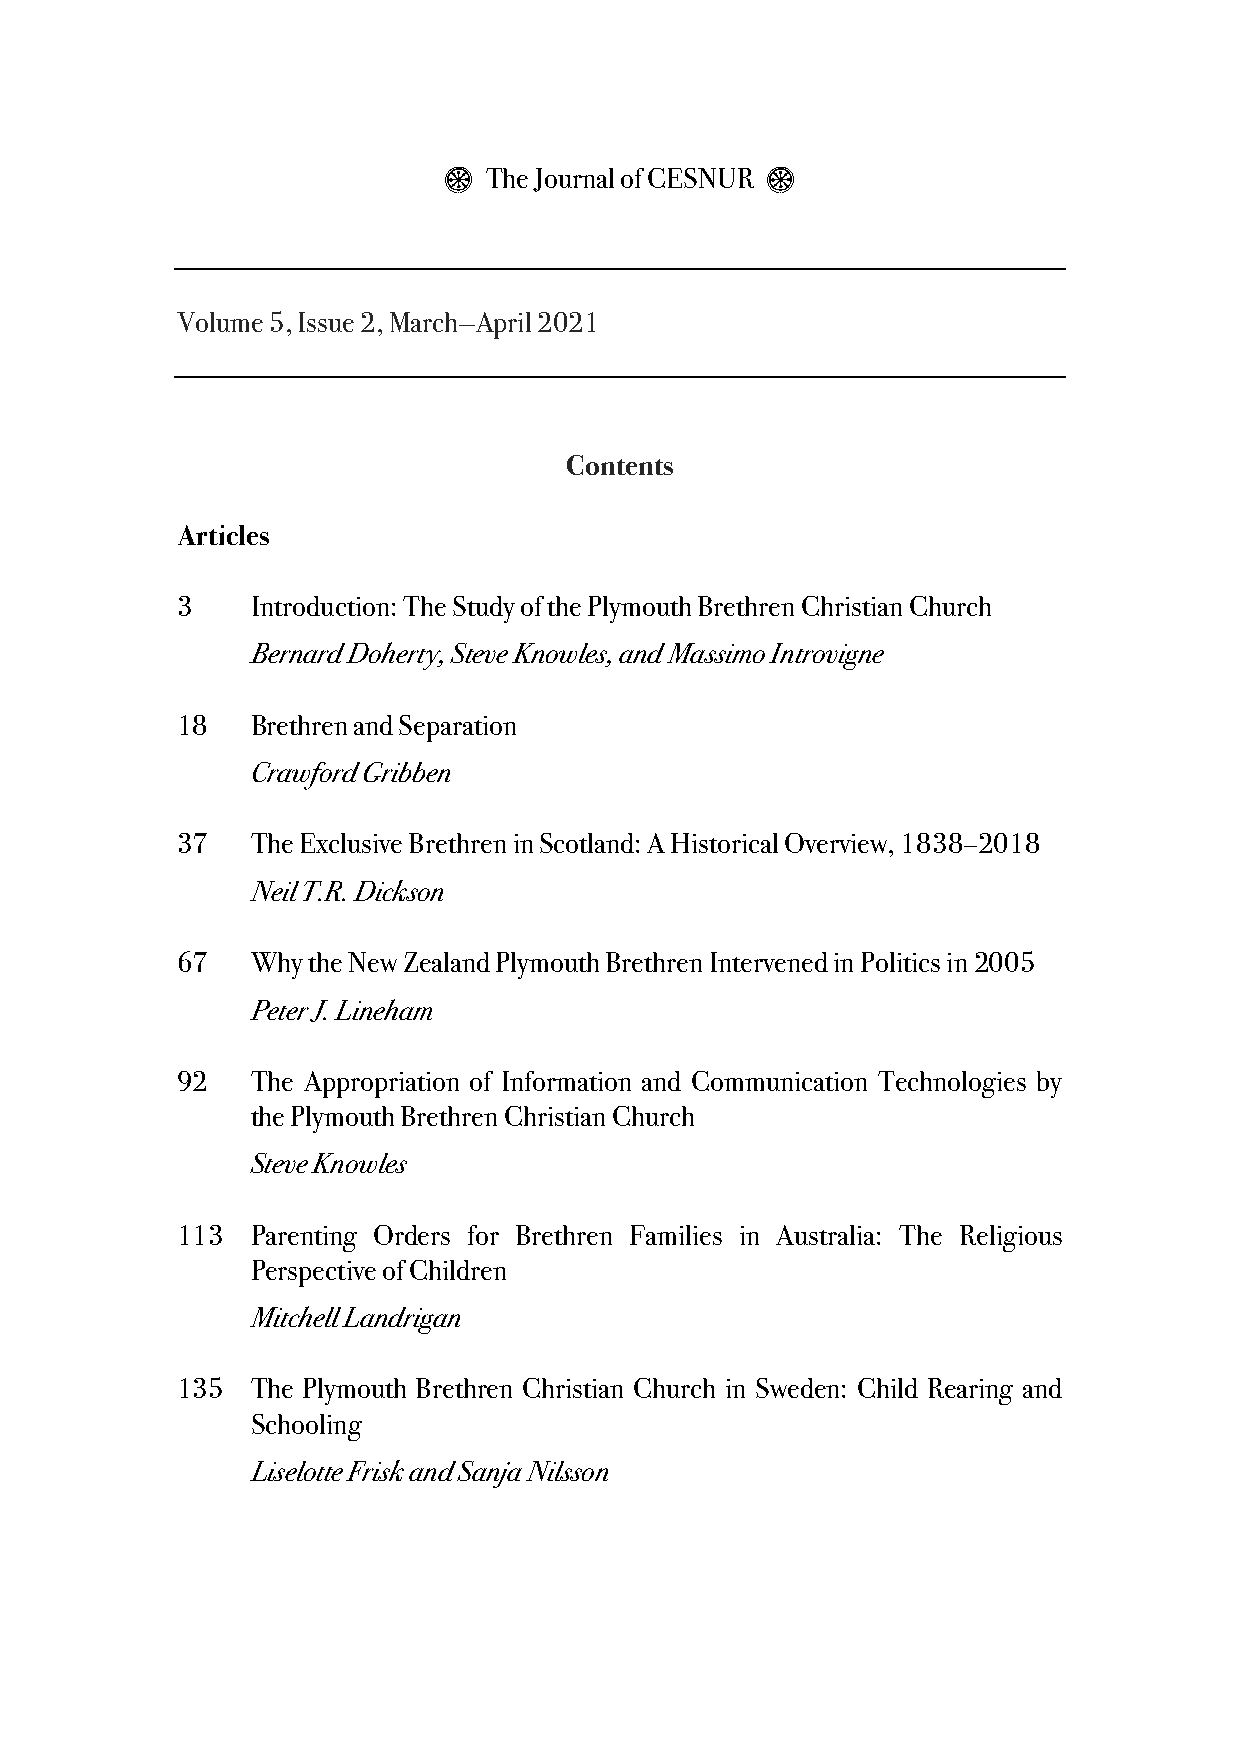
$  The Journal of CESNUR $
 Volume 5, Issue 2, March—April 2021
 Contents
 Articles
 3    Introduction: The Study of the Plymouth Brethren Christian Church
 Bernard Doherty, Steve Knowles, and Massimo Introvigne
 18   Brethren and Separation
 Crawford Gribben
 37   The Exclusive Brethren in Scotland: A Historical Overview, 1838–2018
 Neil T.R. Dickson
 67   Why the New Zealand Plymouth Brethren Intervened in Politics in 2005
 Peter J. Lineham
 92   The Appropriation of Information and Communication Technologies by
 the Plymouth Brethren Christian Church
 Steve Knowles
 113  Parenting Orders for Brethren Families in Australia: The Religious
 Perspective of Children
 Mitchell Landrigan
 135  The Plymouth Brethren Christian Church in Sweden: Child Rearing and
 Schooling
 Liselotte Frisk and Sanja Nilsson